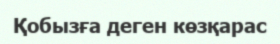
Қобызға деген көзқарас